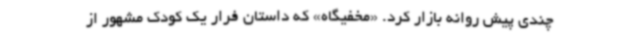
چندی پیش روانه بازار کرد. «مخفیگاه» که داستان فرار یک کودک مشهور از